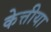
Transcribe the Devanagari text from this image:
केत्तीया